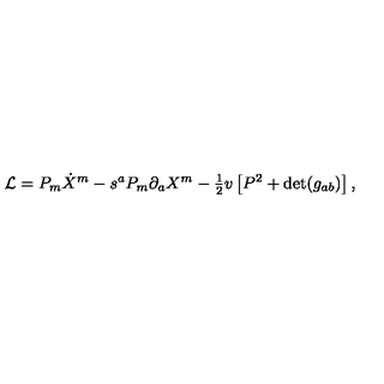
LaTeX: { \cal L } = P _ { m } \dot { X } ^ { m } - s ^ { a } P _ { m } \partial _ { a } X ^ { m } - { \textstyle { \frac { 1 } { 2 } } } v \left[ P ^ { 2 } + \mathrm { d e t } ( g _ { a b } ) \right] ,